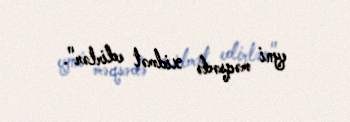
eyni məqsədə xidmət edirlər".